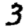
Digit: 3